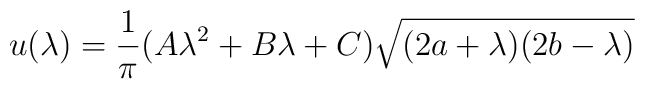
u(\lambda) =\frac{1}{\pi}(A \lambda^2 + B \lambda + C)\sqrt{(2a+\lambda)(2b-\lambda)}